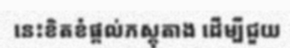
នេះខិតខំផ្តល់ភស្តុតាង ដើម្បីជួយ